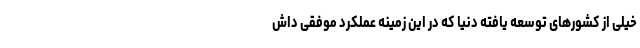
خیلی از کشورهای توسعه یافته دنیا که در این زمینه عملکرد موفقی داش